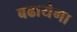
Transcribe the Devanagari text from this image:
बढायेगा